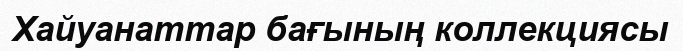
Хайуанаттар бағының коллекциясы